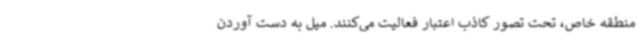
منطقه خاص، تحت تصور کاذب اعتبار فعالیت می‌کنند. میل به دست‌ آوردن